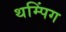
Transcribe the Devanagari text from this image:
थम्पिंग